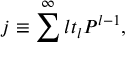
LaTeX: j \equiv \sum ^ { \infty } l t _ { l } P ^ { l - 1 } ,